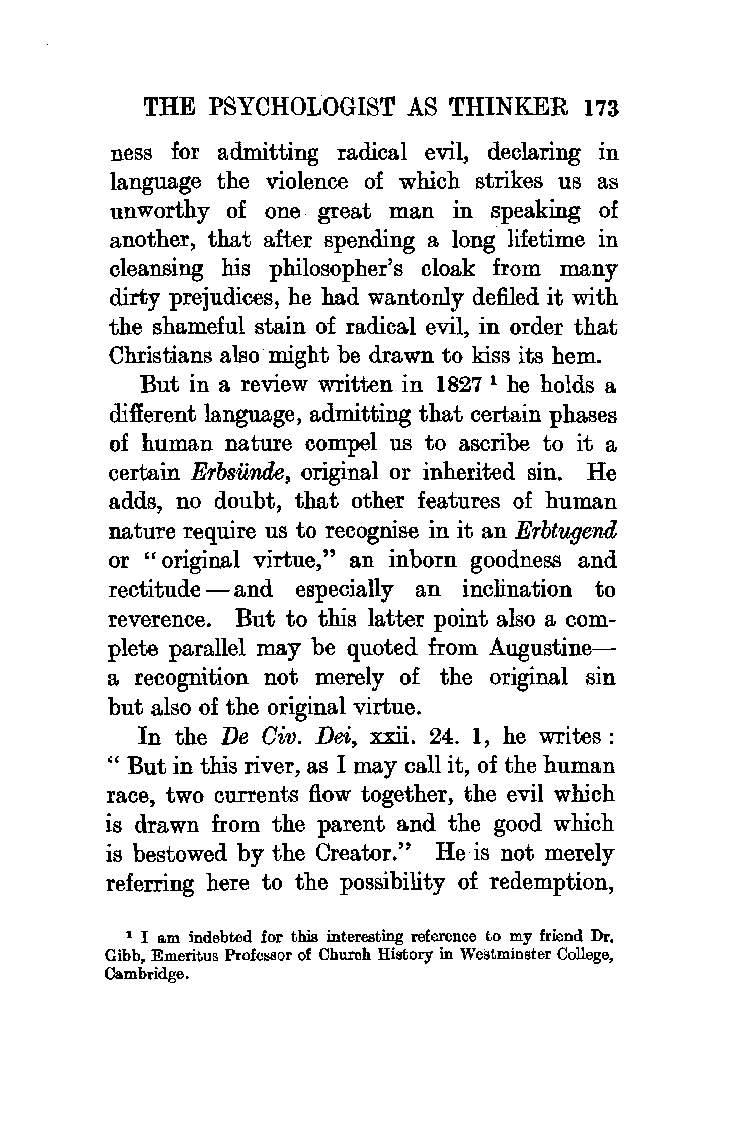
THE PSYCHOLOGIST AS THINKER  173
 ness for admitting radical evil, declaring in
 language the violence of which strikes us as
 unworthy of one great man in speaking of
 another, that after spending a long Jifetime in
 cleansing his philosopher's cloak from many
 dirty prejudices, he had wantonly defiled it with
 the shameful stain of radical evil, in order that
 Christians also might be drawn to kiss its hem.
 But in a review written in 1827 1 he holds a
 different language, admitting that certain phases
 of human nature compel us to ascribe to it a
 certain Erbsiinde, original or inherited sin. He
 adds, no doubt, that other features of human
 nature require us to recognise in it an Erbtugend
 or " original virtue," an inborn goodness and
 rectitude - and especially an inclination to
 reverence. But to this latter point also a com
 plete parallel may be quoted from Augustine
 a recognition not merely of the original sin
 but also of the original virtue.
 In the De Civ. Dei, xxii. 24. 1, he writes:
 "But in this river, as I may call it, of the human
 race, two currents flow together, the evil which
 is drawn from the parent and the good which
 is bestowed by the Creator." He is not merely
 referring here to the possibility of redemption,
 1 I am indebted for this interesting reference to my friend Dr.
 Gibb, Emeritus Professor of Church History in Westminster College,
 Cambridge.